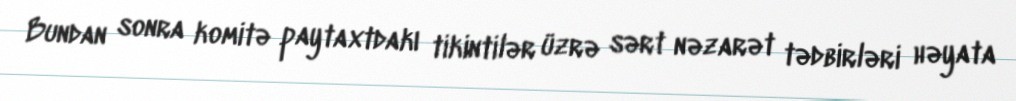
Bundan sonra komitə paytaxtdakı tikintilər üzrə sərt nəzarət tədbirləri həyata